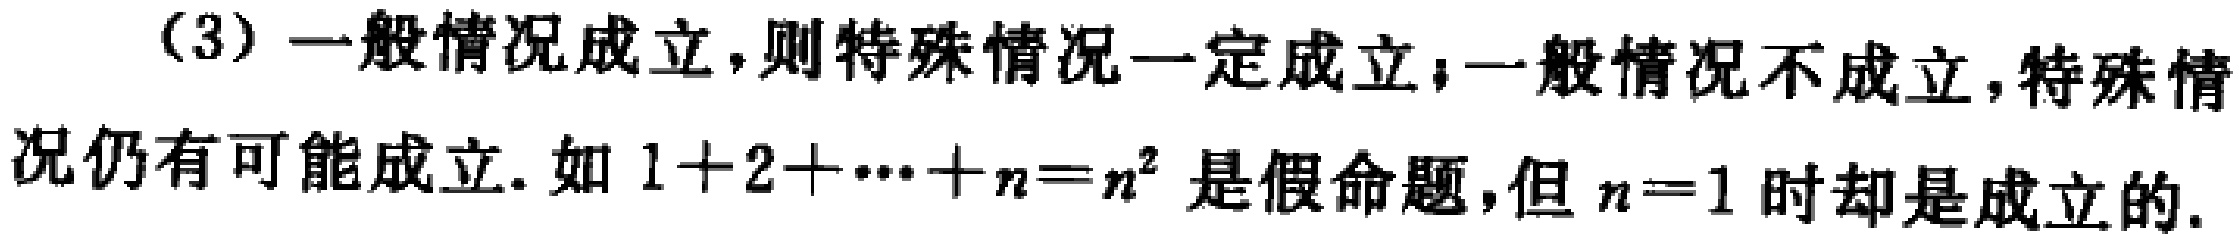
（3）一般情况成立，则特殊情况一定成立；一般情况不成立，特殊情况仍有可能成立. 如 \(1 + 2+\cdots + n = n^{2}\) 是假命题，但 \(n = 1\) 时却是成立的.